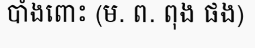
បាំងពោះ (ម. ព. ពុង ផង)